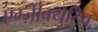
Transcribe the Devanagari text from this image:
एग्ज़ीक्युटिव